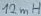
Text: 12mH